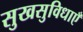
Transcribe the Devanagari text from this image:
सुखसुविधाएँ